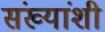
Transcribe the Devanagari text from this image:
संख्यांशी